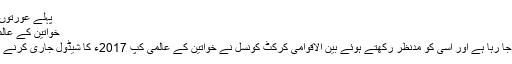
پہلے عورتوں کے مقابلے 21 فروری سے 8 مارچ…
خواتین کے عالمی دن پر ویمنز ورلڈ کپ کا شیڈول جاری
آج دنیا بھر میں خواتین کا عالمی دن منایا جا رہا ہے اور اسی کو مدنظر رکھتے ہوئے بین الاقوامی کرکٹ کونسل نے خواتین کے عالمی کپ 2017ء کا شیڈول جاری کرنے کے لیے آج ہی کے دن کا انتخاب کیا ہے۔